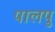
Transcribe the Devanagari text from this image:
पालपु